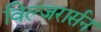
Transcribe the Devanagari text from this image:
विल्जरार्सन